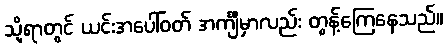
သို့ရာတွင် ယင်းအပေါ်ဝတ် အင်္ကျီမှာလည်း တွန့်ကြေနေသည်။